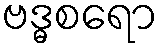
ဗဒ္ဓစရော